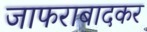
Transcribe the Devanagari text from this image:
जाफराबादकर